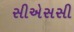
સીએસસી